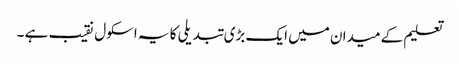
تعلیم کے میدان میں ایک بڑی تبدیلی کا یہ اسکول نقیب ہے ۔